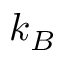
k _ { B }